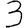
Digit: 3